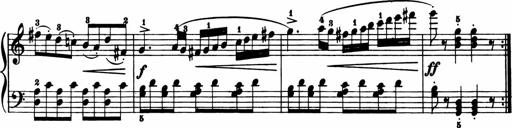
Title: 11 Sonatinas for Piano Solo
Composer: Anton Diabelli